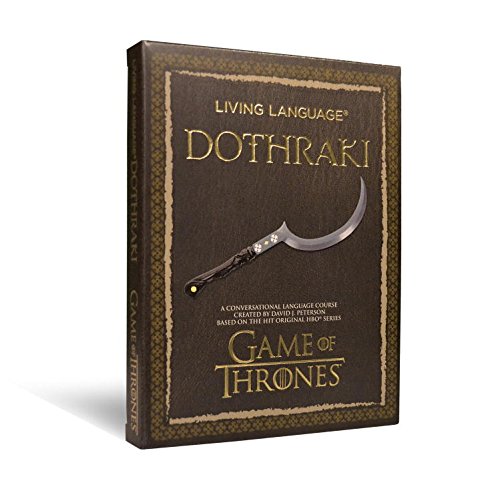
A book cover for Living Language Dothraki: A Conversational Language Course Based on the Hit Original HBO Series Game of Thrones (Living Language Courses); David J. Peterson; Politics & Social Sciences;